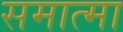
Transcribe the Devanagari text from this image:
समात्मा